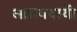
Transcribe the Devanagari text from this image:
आश्रयदायी